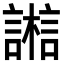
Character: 𣞇